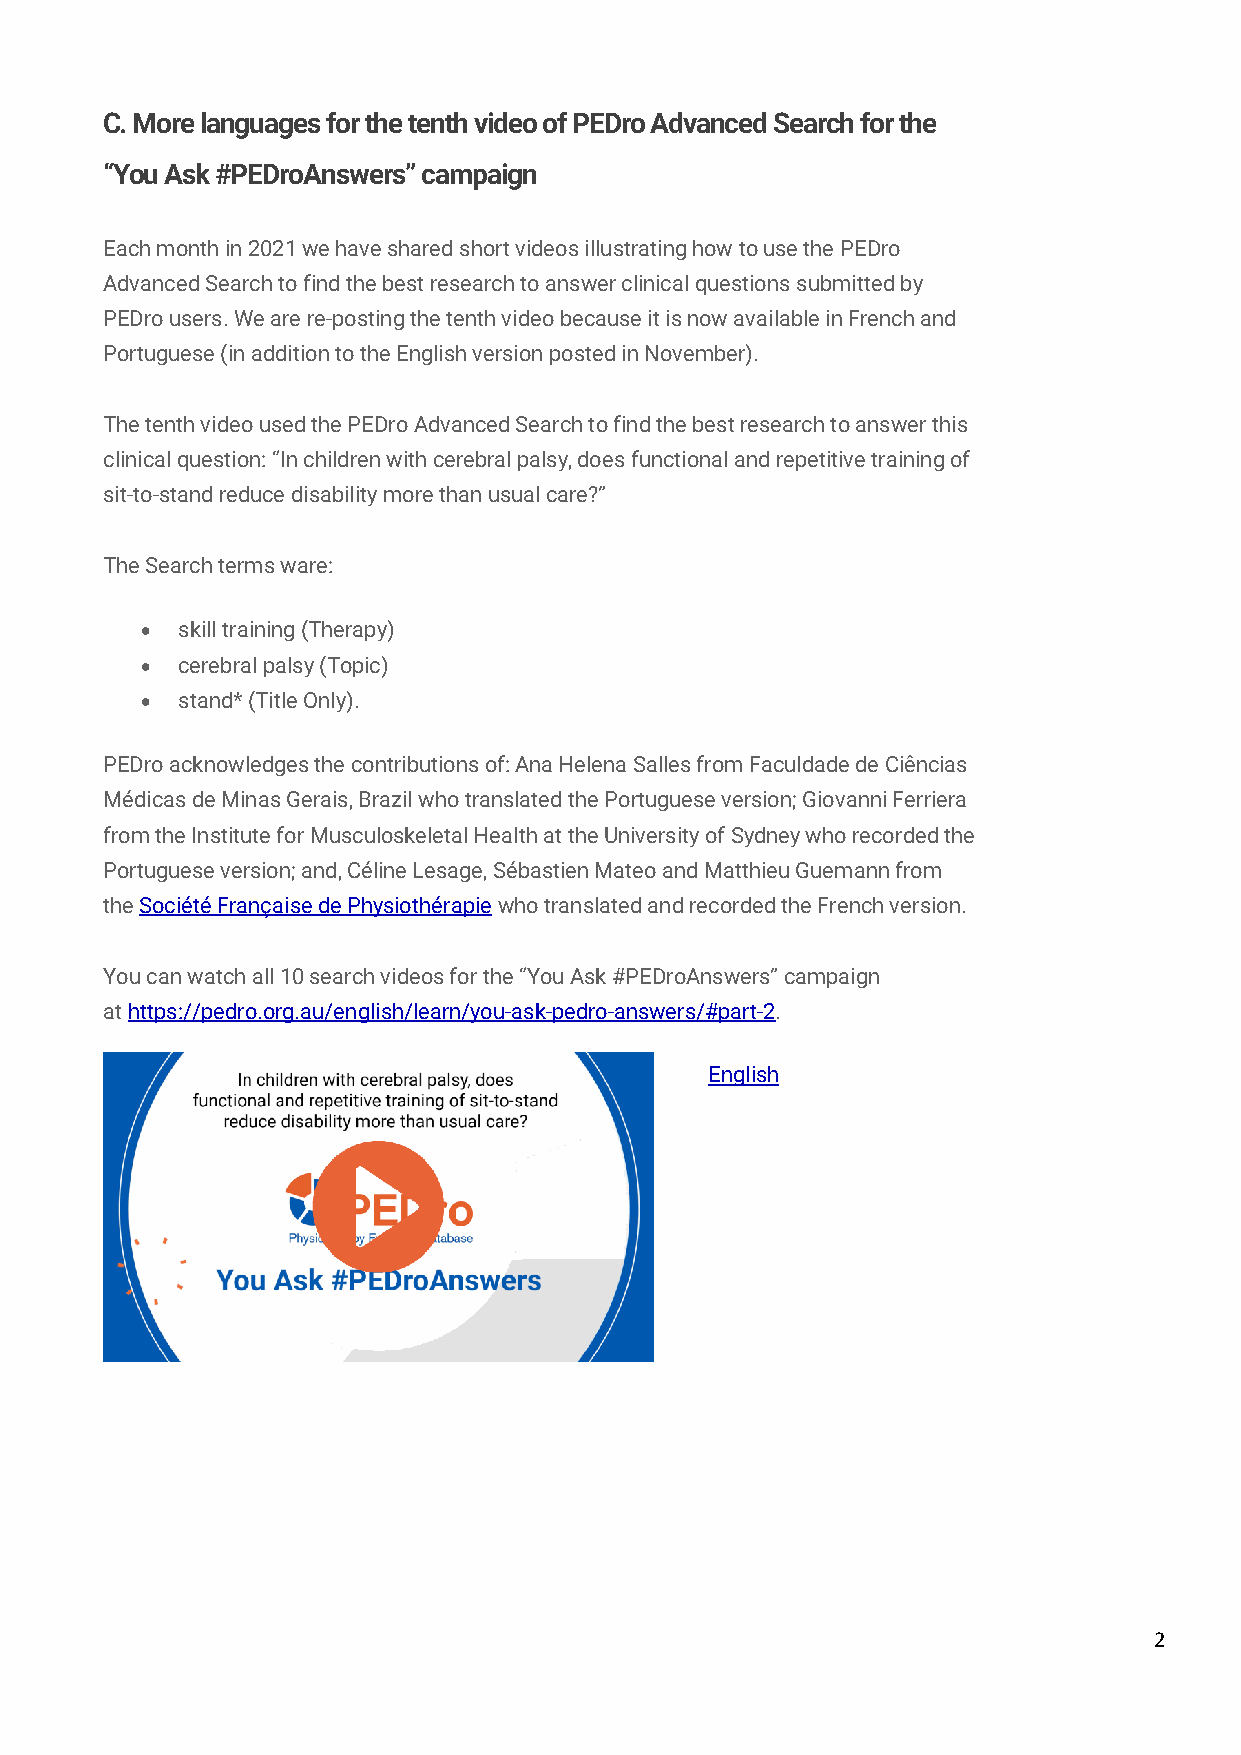
C. More languages for the tenth video of PEDro Advanced Search for the
 “You Ask #PEDroAnswers” campaign
 Each month in 2021 we have shared short videos illustrating how to use the PEDro
 Advanced Search to find the best research to answer clinical questions submitted by
 PEDro users. We are re-posting the tenth video because it is now available in French and
 Portuguese (in addition to the English version posted in November).
 The tenth video used the PEDro Advanced Search to find the best research to answer this
 clinical question: “In children with cerebral palsy, does functional and repetitive training of
 sit-to-stand reduce disability more than usual care?”
 The Search terms ware:
 •  skill training (Therapy)
 •  cerebral palsy (Topic)
 •  stand* (Title Only).
 PEDro acknowledges the contributions of: Ana Helena Salles from Faculdade de Ciências
 Médicas de Minas Gerais, Brazil who translated the Portuguese version; Giovanni Ferriera
 from the Institute for Musculoskeletal Health at the University of Sydney who recorded the
 Portuguese version; and, Céline Lesage, Sébastien Mateo and Matthieu Guemann from
 the Société Française de Physiothérapie who translated and recorded the French version.
 You can watch all 10 search videos for the “You Ask #PEDroAnswers” campaign
 at https://pedro.org.au/english/learn/you-ask-pedro-answers/#part-2.
 English
 2